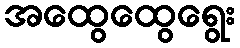
အထွေထွေရွေး